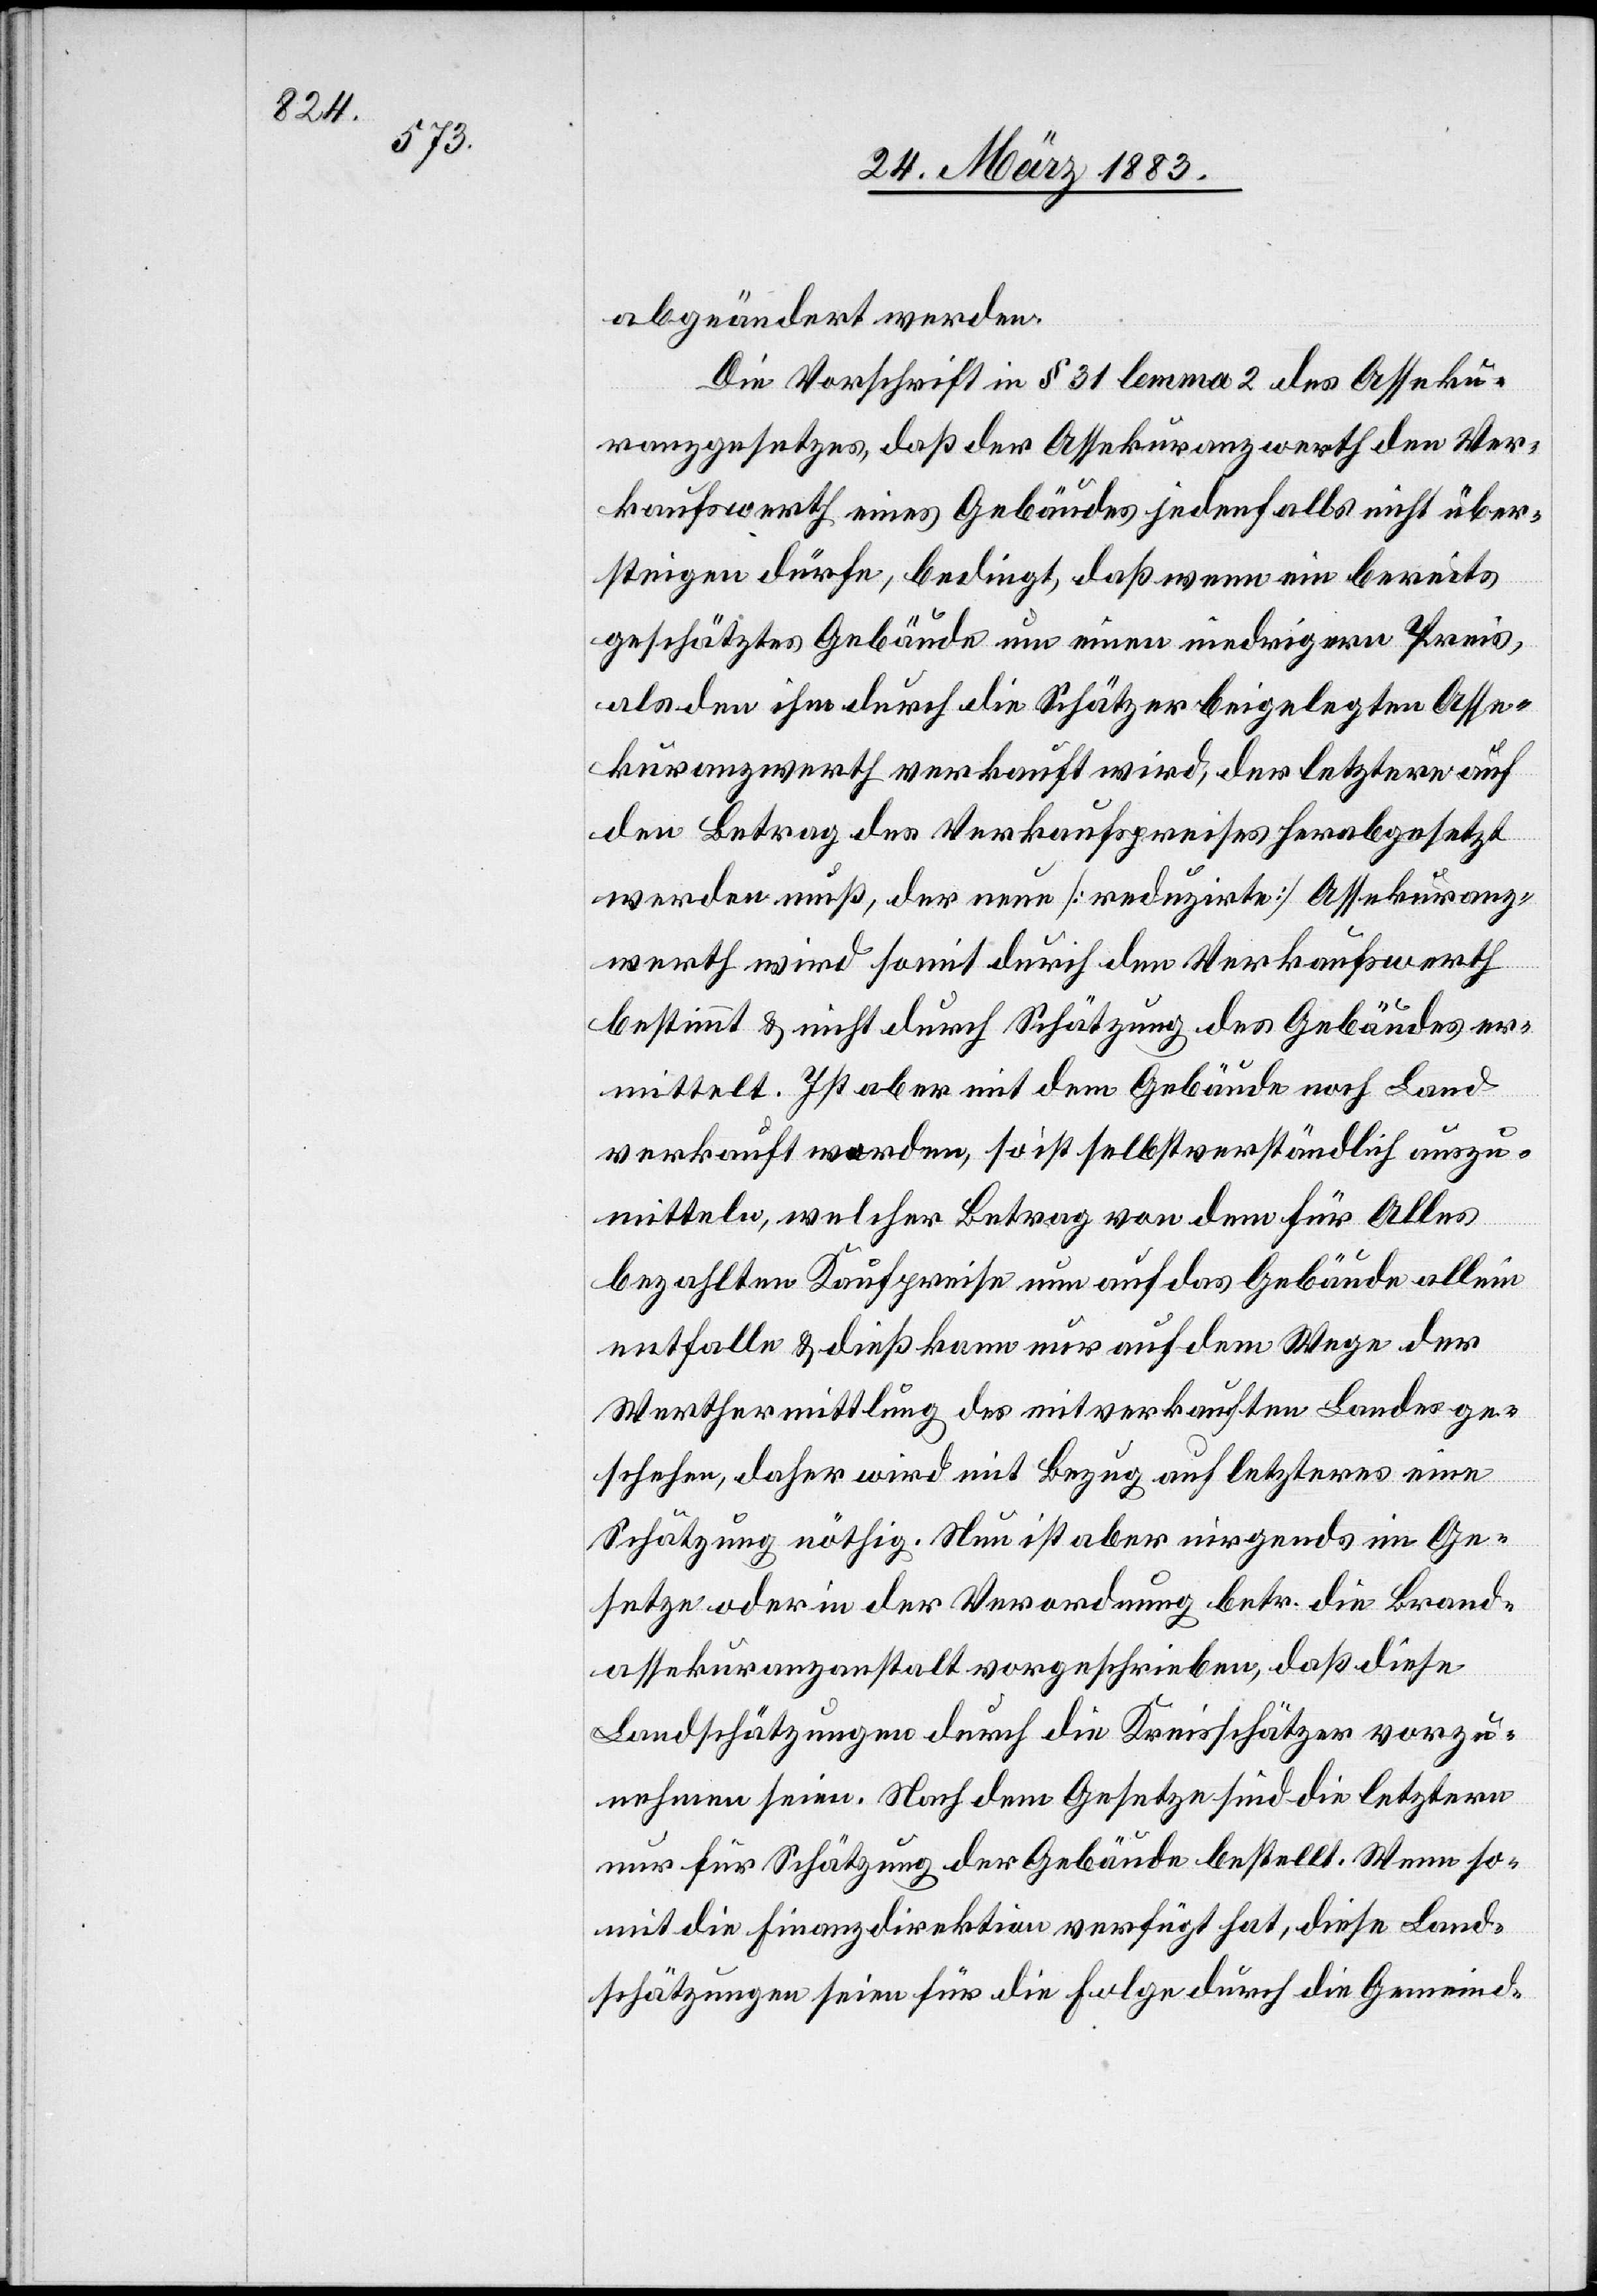
abgeändert werden.
Die Vorschrift in § 31 lemma 2 des Asseku¬
ranzgesetzes, daß der Assekuranzwerth den Ver¬
kehrswerth eines Gebäudes jedenfalls nicht über¬
steigen dürfe, bedingt, daß wenn ein bereits
geschätztes Gebäude um einen niedrigern Preis,
als den ihm durch die Schätzer beigelegten Asse¬
kuranzwerth verkauft wird, der letztere auf
den Betrag des Verkaufspreises herabgesetzt
werden muß, der neue [reduzirte] Assekuranz¬
werth wird somit durch den Verkaufswerth
bestimmt & nicht durch Schätzung des Gebäudes er¬
mittelt. Ist aber mit dem Gebäude noch Land
verkauft worden, so ist selbstverständlich auszu¬
mitteln, welcher Betrag von dem für Alles
bezahlten Kaufpreise nun auf das Gebäude allein
entfalle & dieß kann nur auf dem Wege der
Werthermittlung des mitverkauften Landes ge¬
schehen, daher wird mit Bezug auf letzteres eine
Schätzung nöthig. Nun ist aber nirgends im Ge¬
setze oder in der Verordnung betr. die Brand¬
assekuranzanstalt vorgeschrieben, daß diese
Landschätzungen durch die Kreisschätzer vorzu¬
nehmen seien. Nach dem Gesetze sind die letztern
nur für Schätzung der Gebäude bestellt. Wenn so¬
mit die Finanzdirektion verfügt hat, diese Land¬
schätzungen seien für die Folge durch die Gemeind-